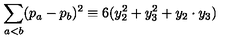
\sum _ { a < b } ( p _ { a } - p _ { b } ) ^ { 2 } \equiv 6 ( y _ { 2 } ^ { 2 } + y _ { 3 } ^ { 2 } + y _ { 2 } \cdot y _ { 3 } )